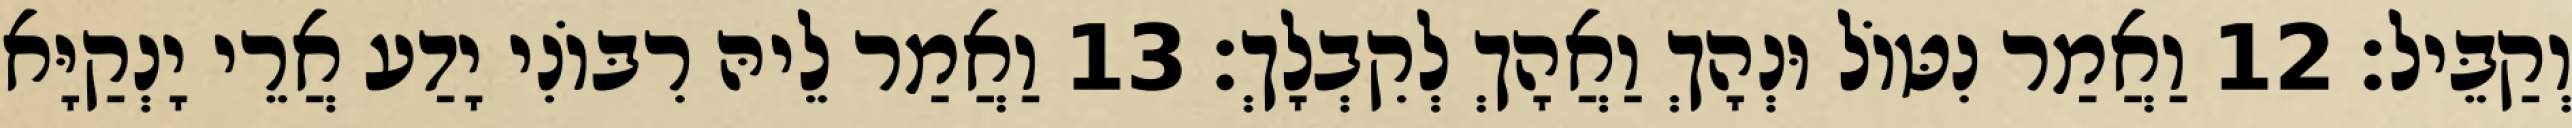
וְקַבֵּיל׃ 12 וַאֲמַר נִטּוֹל וּנְהָךְ וַאֲהָךְ לְקִבְלָךְ׃ 13 וַאֲמַר לֵיהּ רִבּוֹנִי יָדַע אֲרֵי יָנְקַיָּא